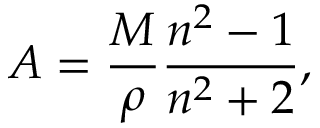
A = { \frac { M } { \rho } } { \frac { n ^ { 2 } - 1 } { n ^ { 2 } + 2 } } ,